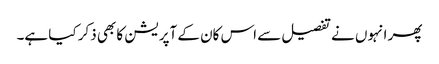
پھر انہوں نے تفصیل سے اس کان کے آپریشن کا بھی ذکر کیا ہے۔